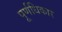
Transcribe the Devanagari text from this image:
पूर्णधिकार